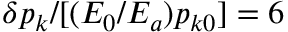
\delta p _ { k } / [ ( E _ { 0 } / E _ { a } ) p _ { k 0 } ] = 6